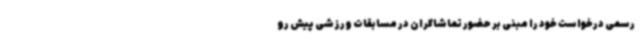
رسمی درخواست خود را مبنی بر حضور تماشاگران در مسابقات ورزشی پیش رو